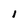
Character: 1